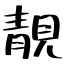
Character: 靚